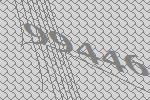
99446